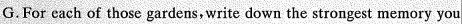
G.For each of those gardens, write down the strongest memory you